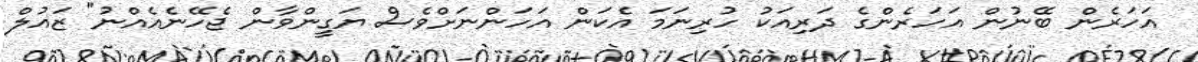
އަހަރެން ބޭނުން އަހަރެންގެ ދަރިއަކު ހުރިނަމަ އެކަން އަހަންނަށްވެސް ޔަގީންވާން ޖެހޭނެއެއްނު" ޒައުލް